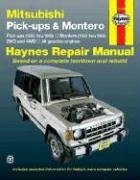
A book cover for Mitsubishi Pick-ups and Montero Automotive Repair Manual (Haynes Automotive Repair Manuals); Larry Warren; Engineering & Transportation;